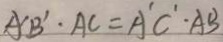
A ^ { \prime } B ^ { \prime } \cdot A C = A ^ { \prime } C ^ { \prime } \cdot A B